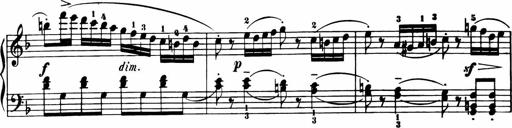
Title: 11 Sonatinas for Piano Solo
Composer: Anton Diabelli